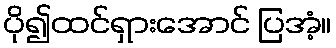
ပို၍ထင်ရှားအောင် ပြအံ့။